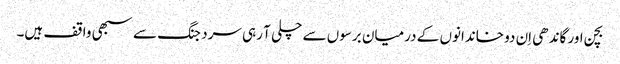
بچن اور گاندھی اِن دو خاندانوں کے درمیان برسوں سے چلی آ رہی سرد جنگ سے سبھی واقف ہیں۔